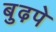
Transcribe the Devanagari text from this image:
बुढ़पे